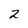
Character: 2